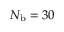
N _ { \mathrm { b } } = 3 0